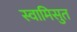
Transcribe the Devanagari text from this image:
स्वामिसुत